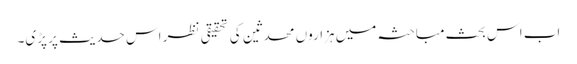
اب اس بحث مباحثہ میں ہزاروں محدثین کی تحقیقی نظر اس حدیث پر پڑی۔